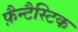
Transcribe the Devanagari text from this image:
फ़ैन्टैस्टिक